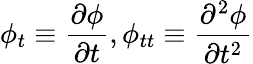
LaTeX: \phi_{t}\equiv\frac{\partial\phi}{\partial t},\phi_{tt}\equiv\frac{\partial^{2}\phi}{\partial t^{2}}